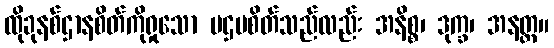
ထိုခုနစ်ဌာနစိတ်ကိုရှုသော ပဌမစိတ်သည်လည်း အနိစ္စ၊ ဒုက္ခ၊ အနတ္တ။